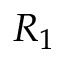
R _ { 1 }